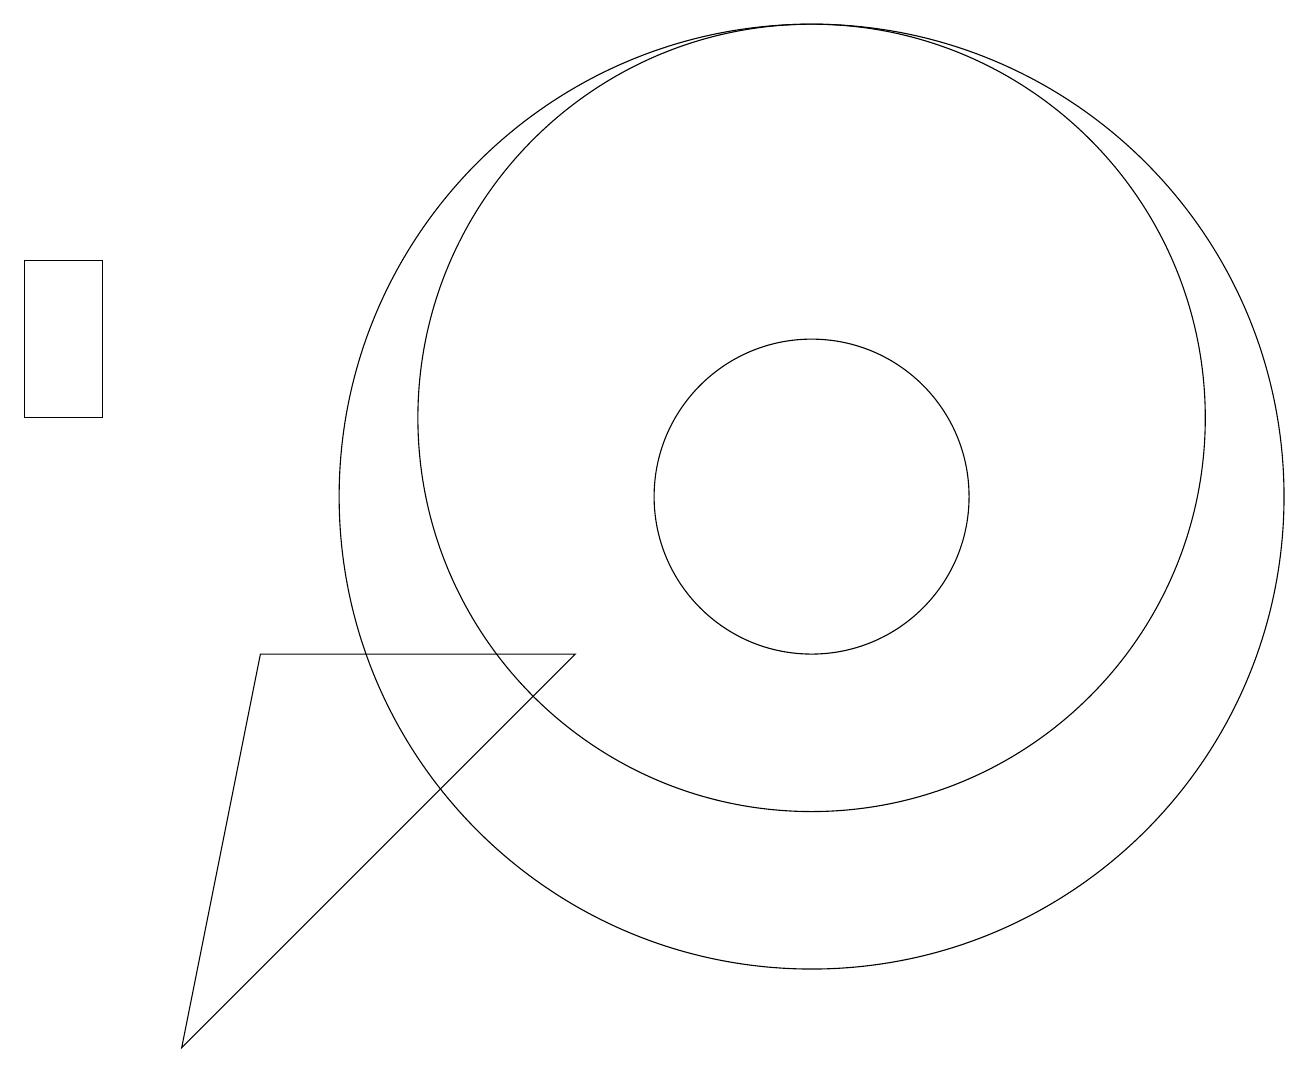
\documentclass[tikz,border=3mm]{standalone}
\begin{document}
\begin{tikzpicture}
\draw (2,3) -- (3,8) -- (7,8) -- cycle;
\draw (1,11) rectangle (0,13);
\draw (10,10) circle (2);
\draw (10,10) circle (6);
\draw (10,11) circle (5);
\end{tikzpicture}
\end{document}